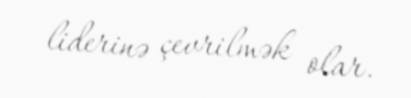
liderinə çevrilmək olar.